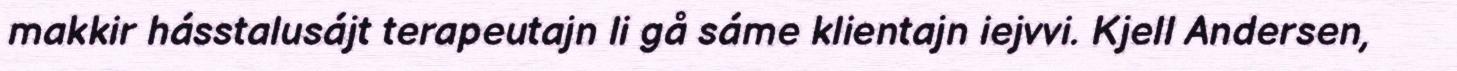
makkir hásstalusájt terapeutajn li gå sáme klientajn iejvvi. Kjell Andersen,